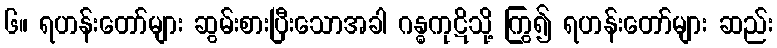
၆။ ရဟန်းတော်များ ဆွမ်းစားပြီးသောအခါ ဂန္ဓကုဋိသို့ ကြွ၍ ရဟန်းတော်များ ဆည်း